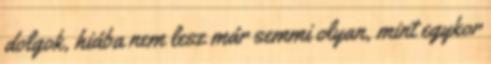
dolgok, hiába nem lesz már semmi olyan, mint egykor